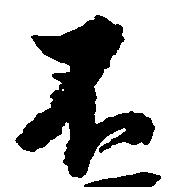
不